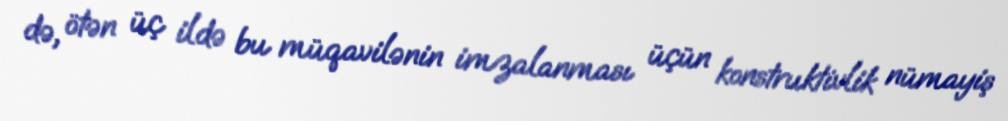
də, ötən üç ildə bu müqavilənin imzalanması üçün konstruktivlik nümayiş